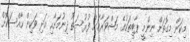
މިކަން މިގޮތަށް ނިންމީ ޕާޓީތަކުގެ މަޝްވަރާއަށް ފުރުސަތު ދިނުމަށާއި އަދި ވަކިން ހާއްސަކޮށް